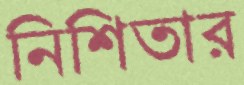
নিশিতার